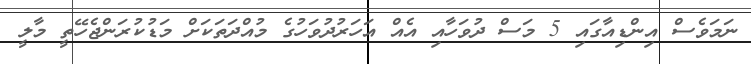
ނަމަވެސް އިންޑިއާގައި 5 މަސް ދުވަހާއި އެއް އަހަރުދުވަހުގެ މުއްދަތަކަށް މަޑުކުރަންޖެހޭތީ މާލީ